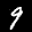
Label: 9